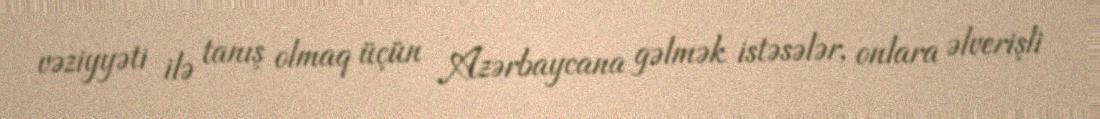
vəziyyəti ilə tanış olmaq üçün Azərbaycana gəlmək istəsələr, onlara əlverişli